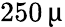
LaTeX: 250\, \upmu